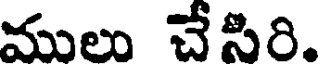
ములు చేసిరి.